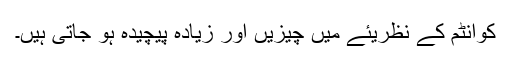
کوانٹم کے نظریئے میں چیزیں اور زیادہ پیچیدہ ہو جاتی ہیں۔